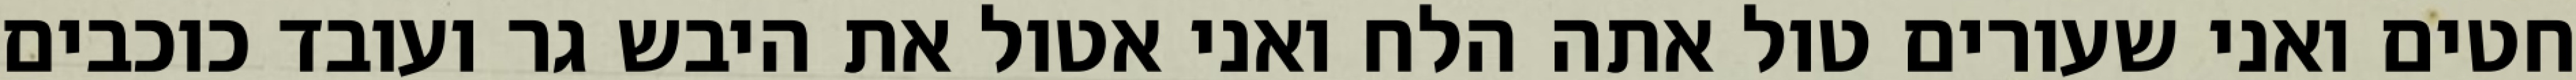
חטים ואני שעורים טול אתה הלח ואני אטול את היבש גר ועובד כוכבים